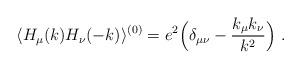
LaTeX: \begin{align*}\langle H_\mu (k) H_\nu (-k)\rangle ^{(0)}= e^2\Bigl(\delta_{\mu\nu} - {k_\mu k_\nu \over k^2} \Bigr) \ .\end{align*}